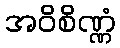
အဝိစိဏ္ဏံ